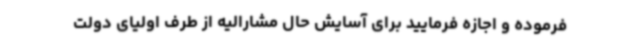
فرموده و اجازه فرمایید برای آسایش حال مشارالیه از طرف اولیای دولت